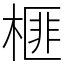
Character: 榧